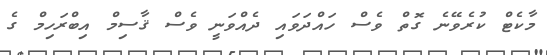
މާކެޓް ކުރެވޭނެ ގޮތް ވެސް ހައްދަވައި ދެއްވަނީ ވެސް ޤާސިމް އިބްރަހިމް ގެ